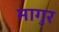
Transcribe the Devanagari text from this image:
मागुर